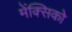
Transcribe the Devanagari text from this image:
मेंक्सिको